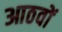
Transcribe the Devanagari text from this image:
आठवों